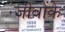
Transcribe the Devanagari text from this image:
जीवोंके